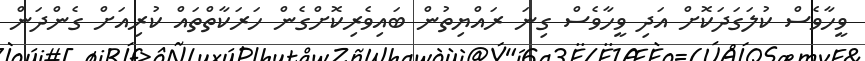
ވީހާވެސް ކުލަގަދަކޮށް އަދި ވީހާވެސް ގިނަ ރައްޔިތުން ބައިވެރިކޮށްގެން ހަރަކާތްތައް ކުރިއަށް ގެންދަން